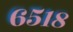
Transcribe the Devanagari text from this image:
६५१८